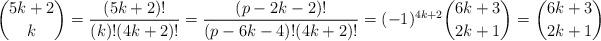
LaTeX: \begin{align*}\binom{5k + 2}{k} =\frac{(5k+2)!}{(k)!(4k+2)!}= \frac{(p - 2k - 2)!}{(p - 6k - 4)!(4k + 2)!} = (-1)^{4k + 2} \binom{6k + 3}{2k + 1} = \binom{6k + 3}{2k + 1}\end{align*}